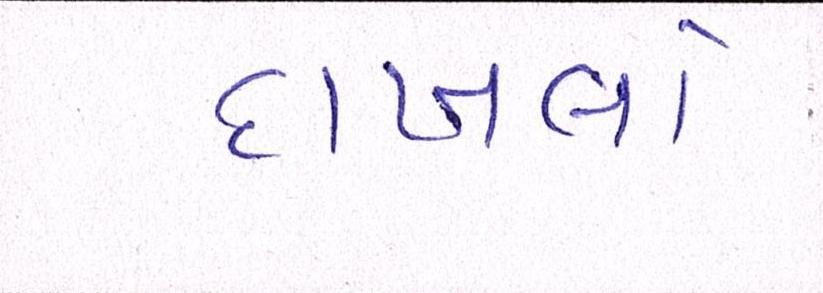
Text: દાખલો